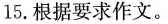
15.根据要求作文。